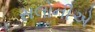
સલોનીએ